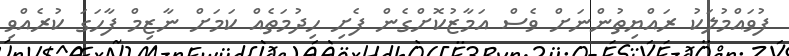
ފުވައްމުލަކު ރައްޔިތުންނަށް ވެސް އަމާޒުކޮށްގެން ފެށި ހިދުމަތެއް ކަމަށް ނާޒިމް ފާހަގަ ކުރެއްވި